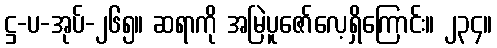
ဋ္ဌ-ပ-အုပ်-၂၆၅။ ဆရာကို အမြဲပူဇော်လေ့ရှိကြောင်း။ ၂၃၄။